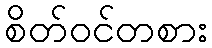
စိတ်ဝင်တစား